Civil Veterinary Department. Madras. Admin. report 1926-33 - 1926-1933
Year: 1926
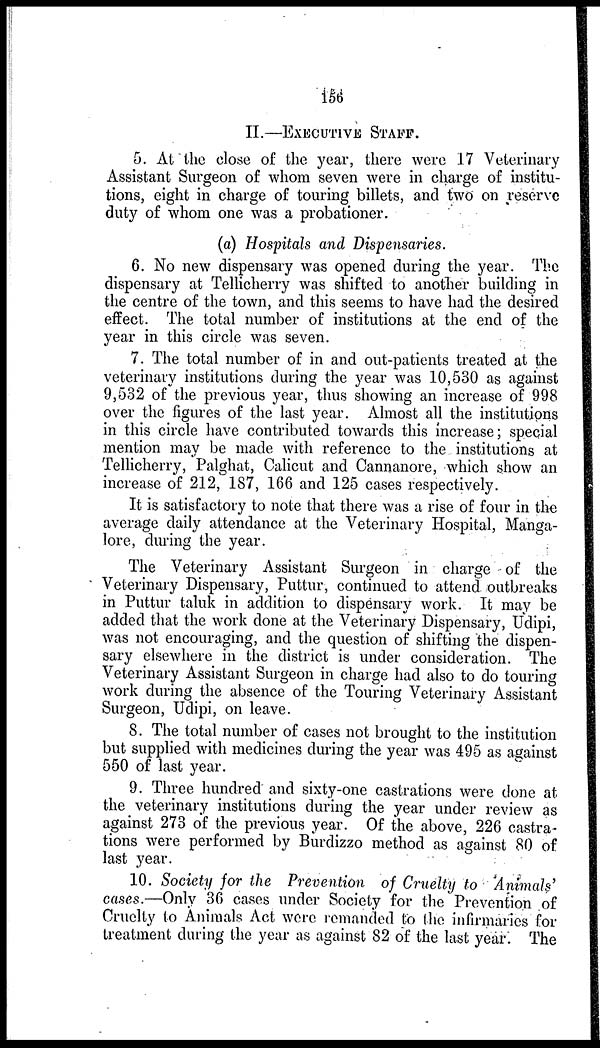
156
II.—EXECUTIVE STAFF.
5. At the close of the year, there were 17 Veterinary
Assistant Surgeon of whom seven were in charge of institu-
tions, eight in charge of touring billets, and two on reserve
duty of whom one was a probationer.
(a) Hospitals and Dispensaries.
6. No new dispensary was opened during the year. The
dispensary at Tellicherry was shifted to another building in
the centre of the town, and this seems to have had the desired
effect. The total number of institutions at the end of the
year in this circle was seven.
7. The total number of in and out-patients treated at the
veterinary institutions during the year was 10,530 as against
9,532 of the previous year, thus showing an increase of 998
over the figures of the last year. Almost all the institutions
in this circle have contributed towards this increase; special
mention may be made with reference to the institutions at
Tellicherry, Palghat, Calicut and Cannanore, which show an
increase of 212, 187, 166 and 125 cases respectively.
It is satisfactory to note that there was a rise of four in the
average daily attendance at the Veterinary Hospital, Manga-
lore, during the year.
The Veterinary Assistant Surgeon in charge of the
Veterinary Dispensary, Puttur, continued to attend outbreaks
in Puttur taluk in addition to dispensary work. It may be
added that the work done at the Veterinary Dispensary, Udipi,
was not encouraging, and the question of shifting the dispen-
sary elsewhere in the district is under consideration. The
Veterinary Assistant Surgeon in charge had also to do touring
work during the absence of the Touring Veterinary Assistant
Surgeon, Udipi, on leave.
8. The total number of cases not brought to the institution
but supplied with medicines during the year was 495 as against
550 of last year.
9. Three hundred and sixty-one castrations were done at
the veterinary institutions during the year under review as
against 273 of the previous year. Of the above, 226 castra-
tions were performed by Burdizzo method as against 80 of
last year.
10. Society for the Prevention of Cruelty to Animals'
cases.—Only 36 cases under Society for the Prevention of
Cruelty to Animals Act were remanded to the infirmaries for
treatment during the year as against 82 of the last year. The